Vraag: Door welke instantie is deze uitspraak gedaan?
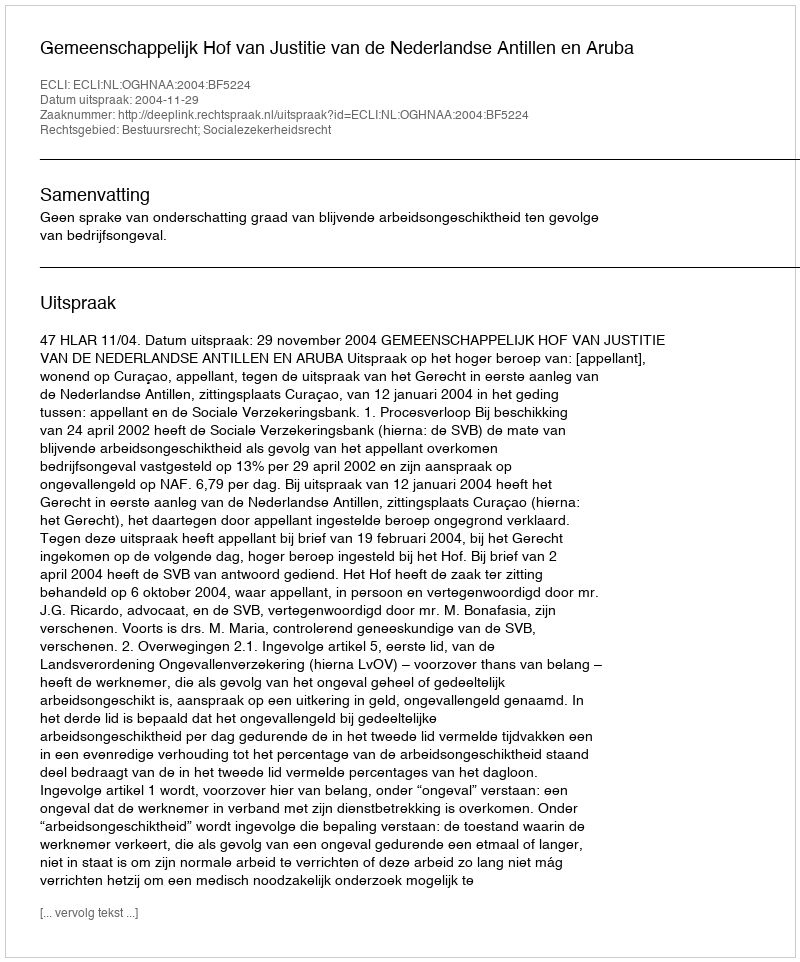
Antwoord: Gemeenschappelijk Hof van Justitie van de Nederlandse Antillen en Aruba